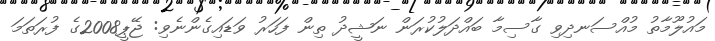
މައުލޫމާތު މުއްސަނދިވި ގާސިމާ ބައްދަލުކުރަން ނަޝީދު ތިން ފަހަރު ވަޑައިގެންނެވި: ޖޭޕީ2008ގެ ފުރަތަމަ